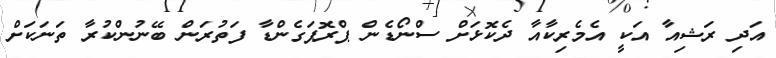
އަދި ރަޝިއާ އަކީ އެމެރިކާއާ ދެކޮޅަށް ސްނޯޑެން ޕްރޮޕަގެންޑާ ފަތުރަން ބޭނުންކުރާ ތަނަކަށް